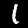
Digit: 1